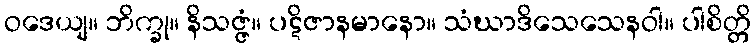
ဝဒေယျ။ ဘိက္ခု။ နိသဇ္ဇံ။ ပဋိဇာနမာနော။ သံဃာဒိသေသေနဝါ။ ပါစိတ္တိ